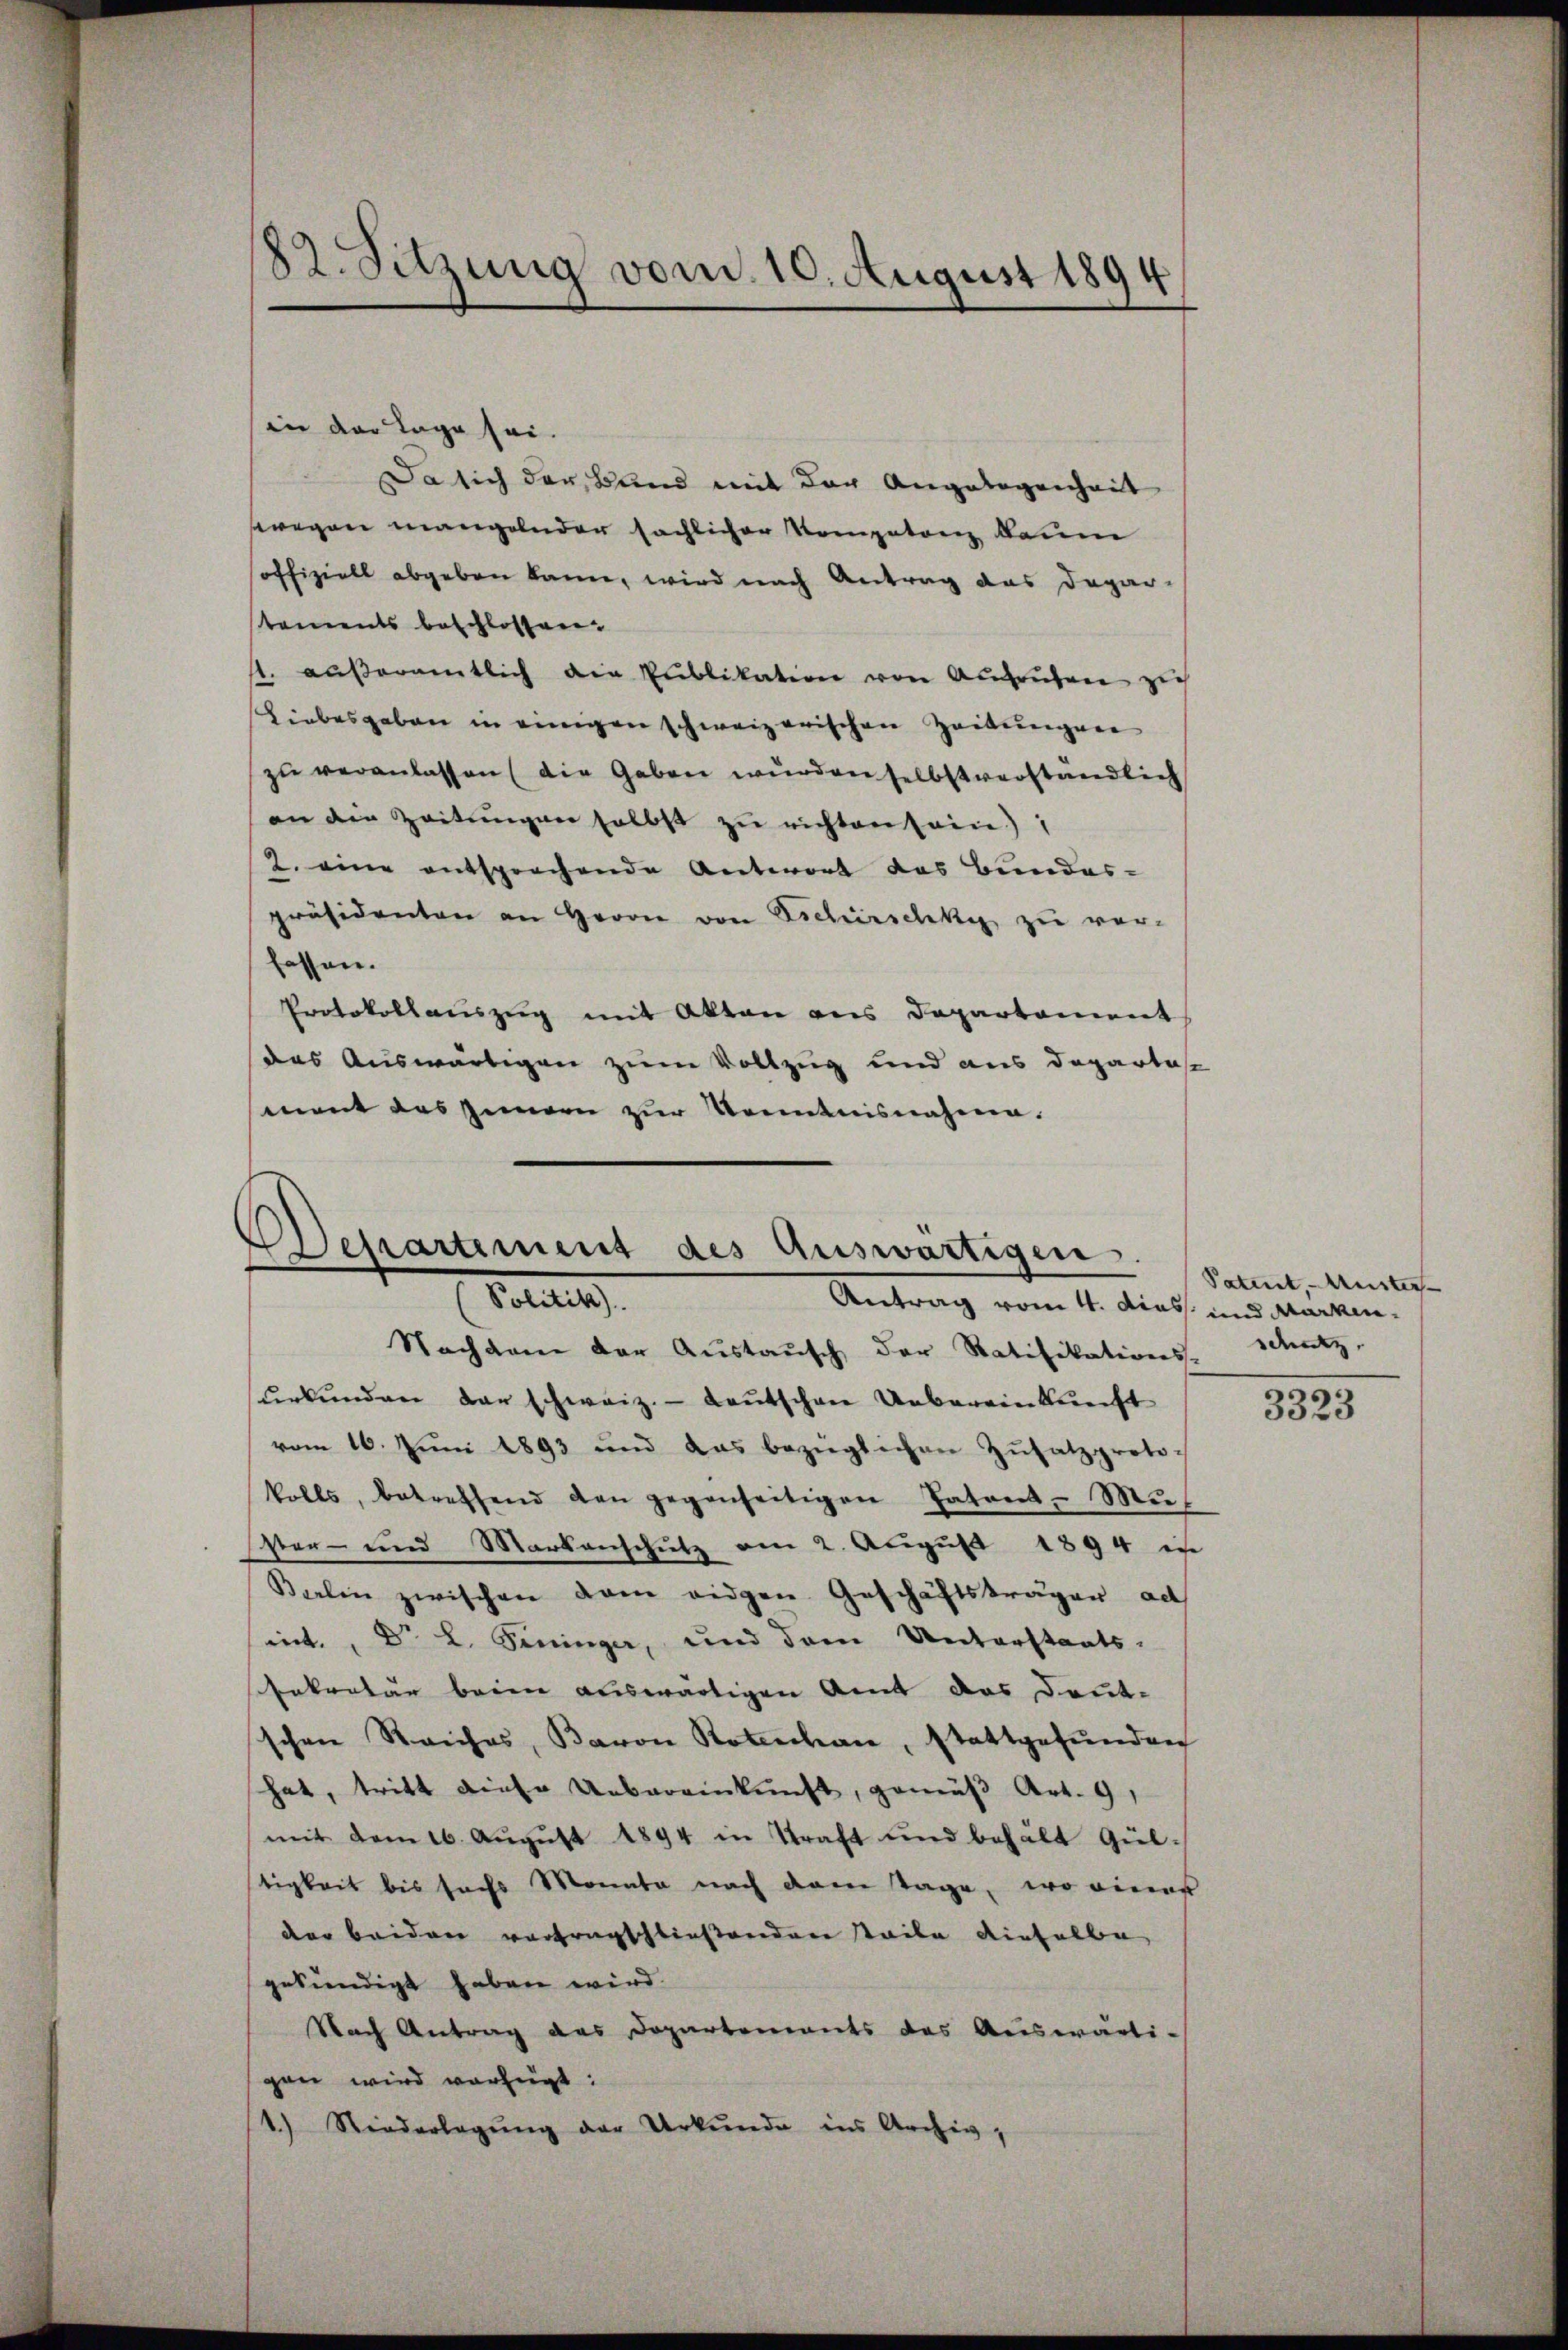
82. Sitzung vom 10. August 1894

in der Lage sei.
Da sich der Band mit der Angelegenheit
swegen mangelnder sächlicher Kompetenz kaum
soffiziell abgeben kann, wird nach Antrag das Depar-
staments beschlossen.
s. äußeramtlich die Publikation von Aufrufen zu
Liebesgaben in einigen schweizerischen Zeitungen
zŭ veranlassen (die Gaben wurden selbstverständlich
an die Zeitŭngen selbst zŭ richten sein.)
2. eine entsprechende Antwort das Bundes-
präsidenten an Herrn von Eschürschky zu ver-
fassen.
Protokollaŭszŭg mit Akten aus Departement
das Auswärtigen zum Vollzug und aus Departes
ment das Innern zur Kenntnisnahme.

Departement des Auswärtigen.
Petitel
Antrag vom 4. dies und Marken¬

Nachdem der Austausch der Ratifikations-
ŭrkŭnden der schweiz. Lautschen Uebereinkunft
vom 16. Juni 1893 und das bezüglichen Zŭsatzproto-
kolls, betreffend den gegenseitigen Patent Mu
er- und Markenschŭtz am 2. Aŭgŭst 1894 in
Barlin zwischen dem eidgen. Geschäftsträgen act
eint. Dr. L. Fininger, und dem Unterstaats-
Enkretär beim auswärtigen Amt das Deut-
d
schen Reiches, Baron Rotenhan, stattgefŭnden
hat, tritt diese Uebereinkunft, gemäß Art. 9,
mit dem 16. Aŭgŭst 1894 in Straft und behält Gül-
tigkeit bis sechs Monata nach dem Tage, wo einer
der beidere vortragschließendere taile dieselbe
gekündigt haben wird.
Nach Antrag das Dopartements des Auswärti-
gen wird verfügt:
1.) Niederlegŭng der Urkunde ins Archiv,

Patent, Muster-
sdutz
190

5523